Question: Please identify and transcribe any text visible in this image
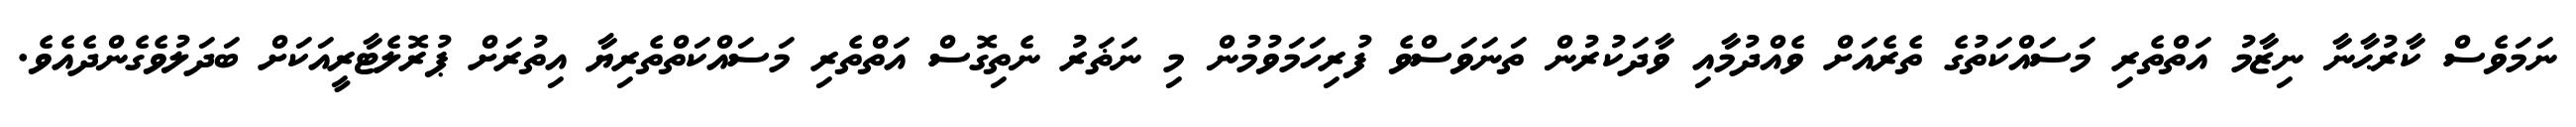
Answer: ނަމަވެސް ކާރުޙާނާ ނިޒާމު އަތްތެރި މަސައްކަތުގެ ތެރެއަށް ވެއްދުމާއި ވާދަކުރުން ތަނަވަސްވެ ފުރިހަމަވުމުން މި ނަޡަރު ނެތިގޮސް އަތްތެރި މަސައްކަތްތެރިޔާ އިތުރަށް ޕުރޮލެޓާރީއަކަށް ބަދަލުވެގެންދެއެވެ.